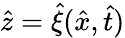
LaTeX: \hat{z}=\hat{\xi}(\hat{x},\hat{t})